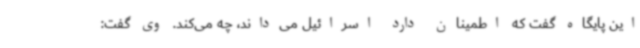
این پایگاه گفت که اطمینان دارد اسرائیل می‌داند، چه می‌کند. وی گفت: